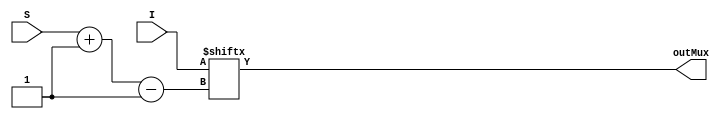
module mux2nTo1 #(parameter n = 2, parameter logn = $clog2(n)) (output reg outMux, input[n-1:0] I, input[logn-1:0] S);

    //  output has to be selected input always
    always @ (I or S) begin
        outMux = I[S-:1];
    end
endmodule